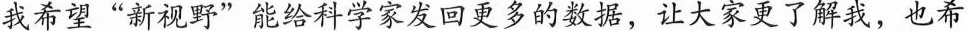
我希望“新视野”能给科学家发回更多的数据，让大家更了解我，也希